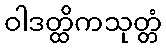
ဝါဒတ္ထိကသုတ္တံ